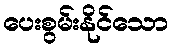
ပေးစွမ်းနိုင်သော